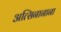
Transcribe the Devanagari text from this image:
अत्सिनानाना